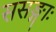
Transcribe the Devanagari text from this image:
ससङ्गाः